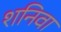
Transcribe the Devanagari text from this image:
शनिवा